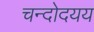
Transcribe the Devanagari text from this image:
चन्दोदयय